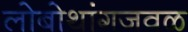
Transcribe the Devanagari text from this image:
लोबोथांगजवळ